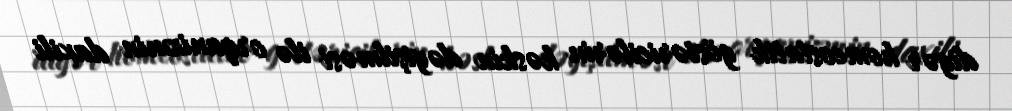
digər homeostatik göstəricilərin kəskin dəyişilməsi ilə orqanizmin daxili